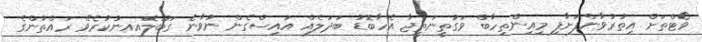
ވޯޓްތަށް އިތުރުވާންފަށާފި މިއިންތިހާބް ވަގުތީނަތީޖާ އެހާބޮޑު ބަދަލެއް އައިސްގެން ނުވާނެ ގަބޫލެއއނުކުރެވޭ ރައްތުންގެ